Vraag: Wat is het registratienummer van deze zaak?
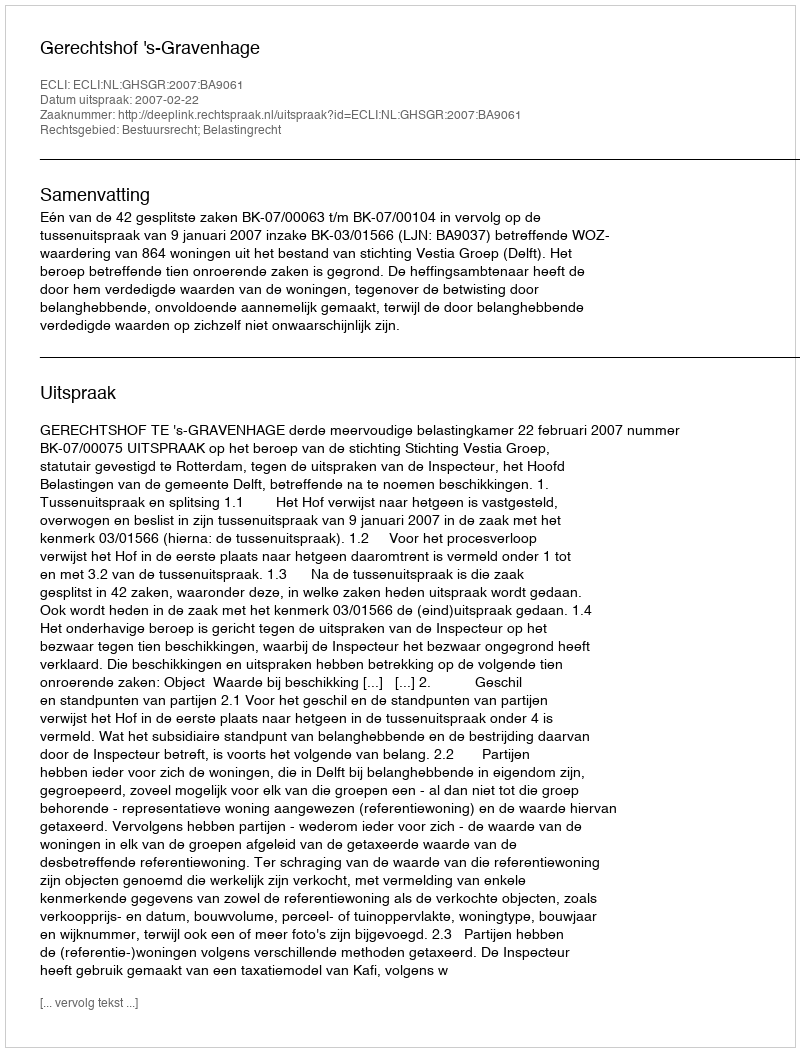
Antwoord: http://deeplink.rechtspraak.nl/uitspraak?id=ECLI:NL:GHSGR:2007:BA9061